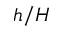
h / H